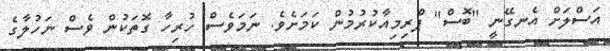
އަސްލަށް އެނގޭނީ "ބޮސް" ޕްރިމިއާކުރުމުން ކަމަށެވެ. ނަމަވެސް ހުރިހާ ގޮތަކުން ވެސް ނަހުލާގެ